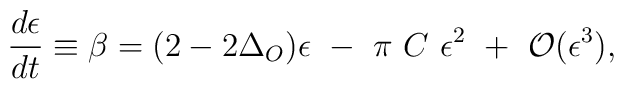
{d\epsilon\over dt}\equiv\beta=(2-2\Delta_O)\epsilon~-~\pi~C~\epsilon^2~+~{\cal O}(\epsilon^3),